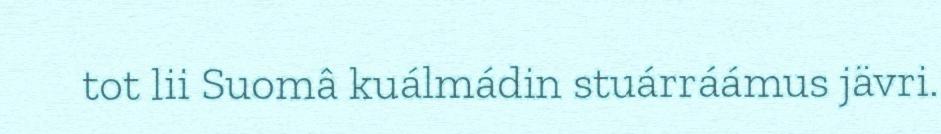
tot lii Suomâ kuálmádin stuárráámus jävri.